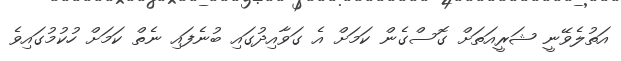
އަތުލެވޭނީ ޝަރީއަތަށް ގޮސްގެން ކަމަށް އެ ގަވާއިދުގައި ބުނެފައި ނެތް ކަމަށް ހުކުމުގައިވެ